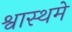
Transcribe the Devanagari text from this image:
श्वास्थमे